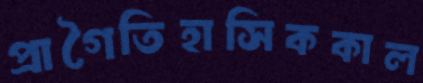
প্রাগৈতিহাসিককাল